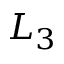
L _ { 3 }